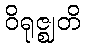
ဝိရုဇ္ဈတိ